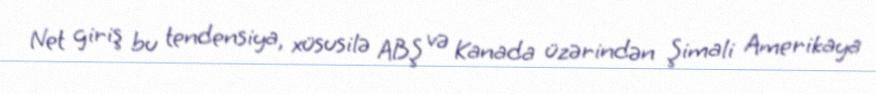
Net giriş bu tendensiya, xüsusilə ABŞ və Kanada üzərindən Şimali Amerikaya